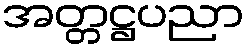
အတ္တဋ္ဌပညာ